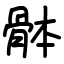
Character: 骵